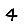
Digit: 4